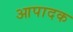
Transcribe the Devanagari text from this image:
आपादक